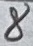
Text: 8